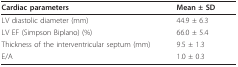
<table><thead><tr><td><b>Cardiac parameters</b></td><td><b>Mean ± SD</b></td></tr></thead><tbody><tr><td>LV diastolic diameter (mm)</td><td>44.9 ± 6.3</td></tr><tr><td>LV EF (Simpson Biplano) (%)</td><td>66.0 ± 5.4</td></tr><tr><td>Thickness of the interventricular septum (mm)</td><td>9.5 ± 1.3</td></tr><tr><td>E/A</td><td>1.0 ± 0.3</td></tr></tbody></table>